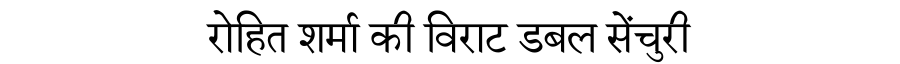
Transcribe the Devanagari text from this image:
रोहित शर्मा की विराट डबल सेंचुरी